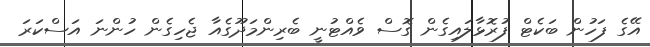
އޭގެ ފަހުން ބަކެޓް ފުރޮޅާލައިގެން ގޮސް ވެއްޓުނީ ބެރިންމަދޫގެއާ ޖެހިގެން ހުންނަ އަސްކަރަ